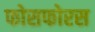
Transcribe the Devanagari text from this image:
फोसफोरस